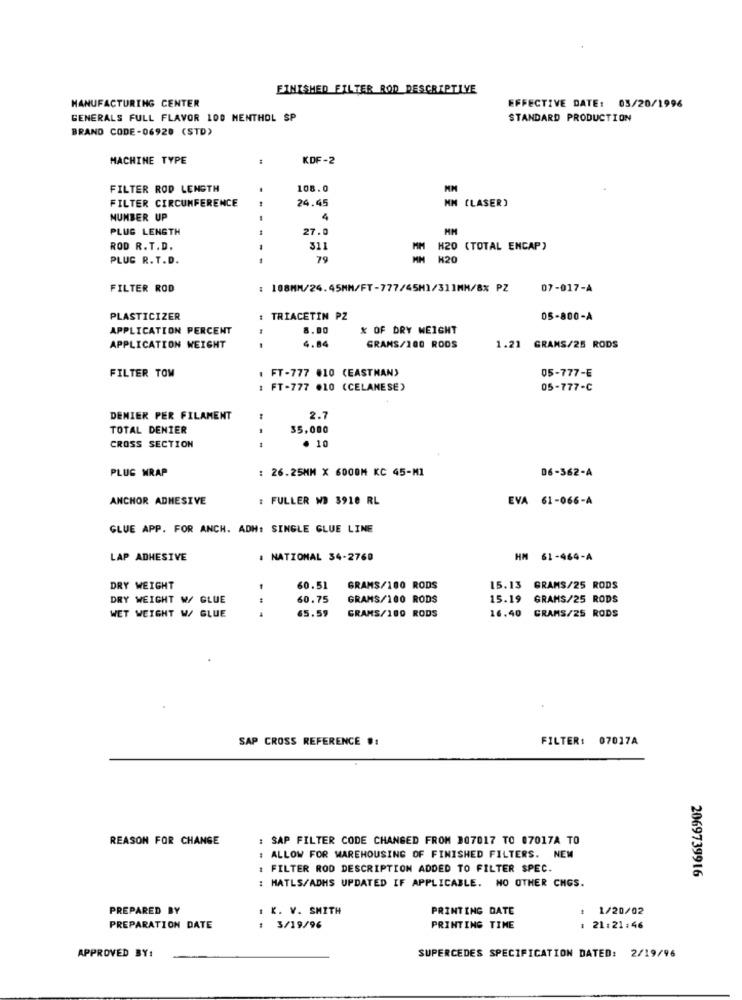
FINISHED FILTER ROD DESCRIPTIVE
MANUFACTURING CENTER
EFFECTIVE DATE: 03/20/1996
GENERALS FULL FLAVOR 100 MENTHOL SP
STANDARD PRODUCTION
BRAND CODE-06920 (STD)
MACHINE TYPE
KDF-2
FILTER ROD LENGTH
.
108.0
FILTER CIRCUMFERENCE
24.45
MM (LASER)
NUMBER UP
4
PLUS LENGTH
27.0
MM
ROD R.T.D.
311
H20 (TOTAL ENCAP)
PLUG R.T.D.
79
N20
FILTER ROD
: 108MM/24.45MM/FT-777/45H1/311MM/8% PZ
07-017-A
PLASTICIZER
TRIACETIN PZ
05-800-A
APPLICATION PERCENT
8.00
% OF DRY WEIGHT
4.84
APPLICATION WEIGHT
GRAMS/100 RODS
1.21 GRAMS/25 RODS
FT-777 #10 (EASTMAN)
05-777-E
FILTER TOW
FT-777 .10 (CELANESE)
05-777-C
DENIER PER FILAMENT
2.7
TOTAL DENIER
35,000
. 10
CROSS SECTION
PLUG WRAP
: 26.25MM X 6000M KC 45-M1
06-362-A
ANCHOR ADHESIVE
: FULLER WD 3910 RL
EVA 61-066-A
GLUE APP. FOR ANCH. ADH: SINGLE GLUE LINE
LAP ADHESIVE
# NATIONAL 34-2760
HM 61-464-A
DRY WEIGHT
60.51
GRAMS/100 RODS
15.13 GRAMS/25 RODS
DRY WEIGHT W/ GLUE
60.75
GRAMS/100 RODS
15.19
GRAMS/25 RODS
4
65.59
GRAMS/100 RODS
16.40
GRAMS/25 RODS
WET WEIGHT W/ GLUE
SAP CROSS REFERENCE .:
FILTER: 07017A
REASON FOR CHANGE
: SAP FILTER CODE CHANGED FROM 307017 TO 07017A TO
ALLOW FOR WAREHOUSING OF FINISHED FILTERS. NEM
: FILTER ROD DESCRIPTION ADDED TO FILTER SPEC.
2069739916
: MATLS/ADHS UPDATED IF APPLICABLE. NO OTHER CHGS.
PREPARED BY
1 K. V. SMITH
PRINTING DATE
1/20/02
PREPARATION DATE
3/19/96
PRINTING TIME
1 21:21:46
APPROVED BY:
SUPERCEDES SPECIFICATION DATED: 2/19/96